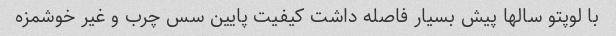
با لوپتو سالها پیش بسیار فاصله داشت کیفیت پایین سس چرب و غیر خوشمزه